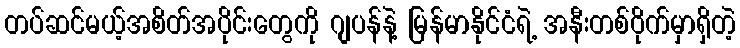
တပ်ဆင်မယ့်အစိတ်အပိုင်းတွေကို ဂျပန်နဲ့ မြန်မာနိုင်ငံရဲ့ အနီးတစ်ဝိုက်မှာရှိတဲ့